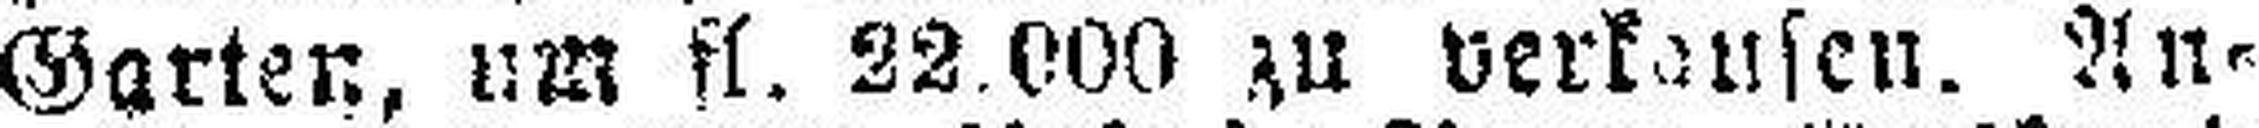
Garten, um fl. 22,000 zu verkaufen. An¬